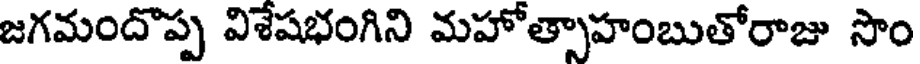
జగమందొప్ప విశేషభంగిని మహోత్సాహంబుతోరాజు సొం